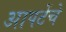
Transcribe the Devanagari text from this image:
आपटेंचे